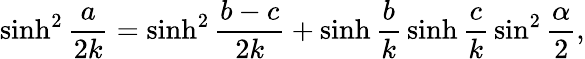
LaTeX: \sinh^{2}{\frac{a}{2k}}=\sinh^{2}{\frac{b-c}{2k}}+\sinh{\frac{b}{k}}\sinh{\frac{c}{k}}\sin^{2}{\frac{\alpha}{2}},